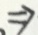
\Rightarrow